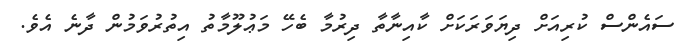
ސައެންސް ކުރިއަށް ދިޔަވަރަކަށް ކާއިނާތާ ދިރުމާ ބެހޭ މަޢުލޫމާތު އިތުރުވަމުން ދާނެ އެވެ.